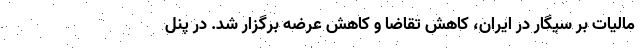
مالیات بر سیگار در ایران، کاهش تقاضا و کاهش عرضه برگزار شد. در پنل